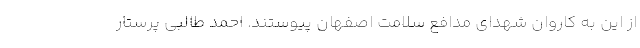
از این به کاروان شهدای مدافع سلامت اصفهان پیوستند. احمد طالبی پرستار